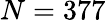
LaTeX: N=377